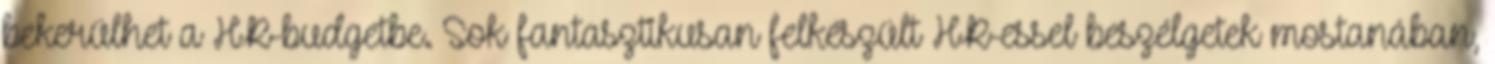
bekerülhet a HR-budgetbe. Sok fantasztikusan felkészült HR-essel beszélgetek mostanában,